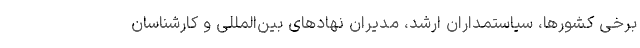
برخی کشورها، سیاستمداران ارشد، مدیران نهادهای بین‌المللی و کارشناسان